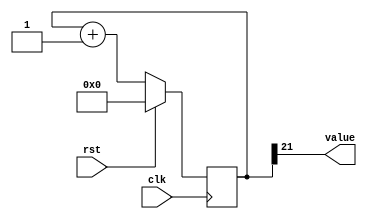
/*
   This file was generated automatically by Alchitry Labs version 1.2.7.
   Do not edit this file directly. Instead edit the original Lucid source.
   This is a temporary file and any changes made to it will be destroyed.
*/

/*
   Parameters:
     SIZE = 1
     DIV = 21
     TOP = 0
     UP = 1
*/
module counter_13 (
    input clk,
    input rst,
    output reg [0:0] value
  );
  
  localparam SIZE = 1'h1;
  localparam DIV = 5'h15;
  localparam TOP = 1'h0;
  localparam UP = 1'h1;
  
  
  reg [21:0] M_ctr_d, M_ctr_q = 1'h0;
  
  localparam MAX_VALUE = 22'h1fffff;
  
  always @* begin
    M_ctr_d = M_ctr_q;
    
    value = M_ctr_q[21+0-:1];
    if (1'h1) begin
      M_ctr_d = M_ctr_q + 1'h1;
      if (1'h0 && M_ctr_q == 22'h1fffff) begin
        M_ctr_d = 1'h0;
      end
    end else begin
      M_ctr_d = M_ctr_q - 1'h1;
      if (1'h0 && M_ctr_q == 1'h0) begin
        M_ctr_d = 22'h1fffff;
      end
    end
  end
  
  always @(posedge clk) begin
    if (rst == 1'b1) begin
      M_ctr_q <= 1'h0;
    end else begin
      M_ctr_q <= M_ctr_d;
    end
  end
  
endmodule